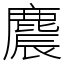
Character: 麎